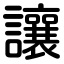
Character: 讓